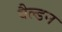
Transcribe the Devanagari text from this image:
वैल्डन